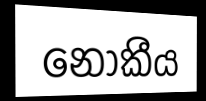
නොකීය